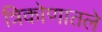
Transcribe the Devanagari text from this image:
त्रिकोणातले